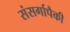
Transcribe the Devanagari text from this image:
संसर्गापैकी